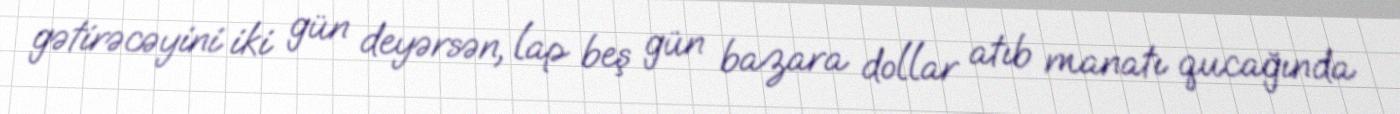
gətirəcəyini iki gün deyərsən, lap beş gün bazara dollar atıb manatı qucağında